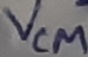
Text: VCM